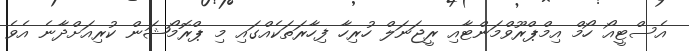
އެސްޓީއޯ ހޯމް އިމްޕްރޫވްމަންޓާއި ރީޖަނަލް ހުރިހާ ފިހާރަތަކެއްގައި މި ޕްރޮމޯޝަން ކުރިއަށްދާނެ އެވެ